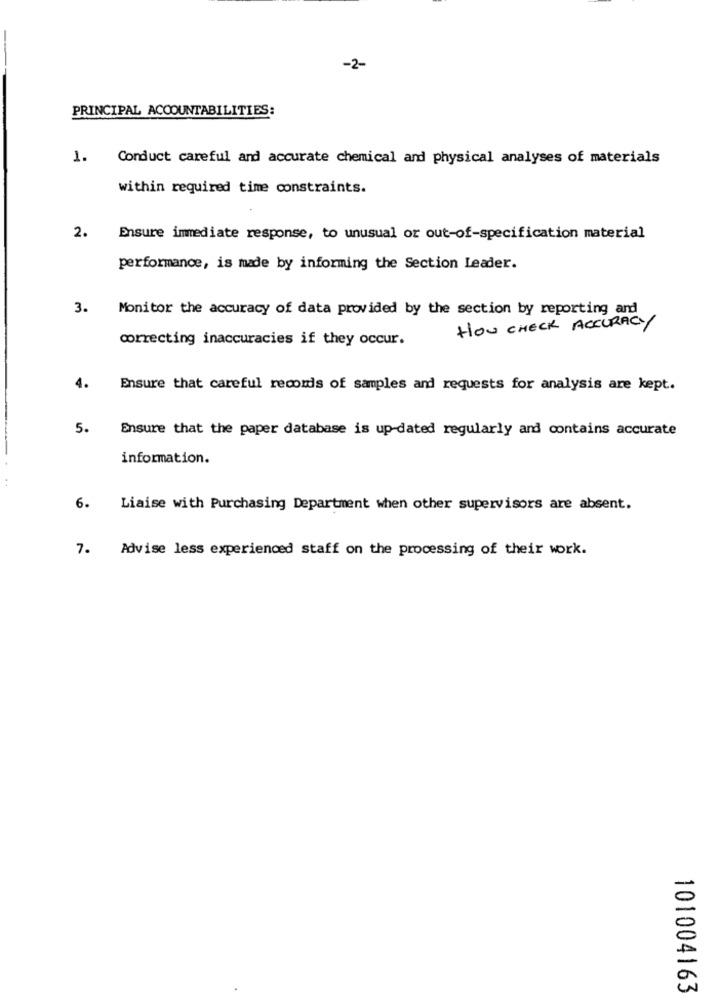
-2-
PRINCIPAL ACCOUNTABILITIES:
1.
Conduct careful and accurate chemical and physical analyses of materials
within required time constraints.
2.
Ensure immediate response, to unusual or out-of-specification material
performance, is made by informing the Section Leader.
3.
Monitor the accuracy of data provided by the section by reporting and
HOU CHECK ACCURACY
correcting inaccuracies if they occur.
4.
Ensure that careful records of samples and requests for analysis are kept.
5.
Ensure that the paper database is updated regularly and contains accurate
information.
..
6.
Liaise with Purchasing Department when other supervisors are absent.
7.
Advise less experienced staff on the processing of their work.
101004163